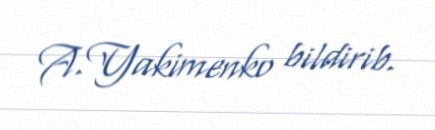
A.Yakimenko bildirib.